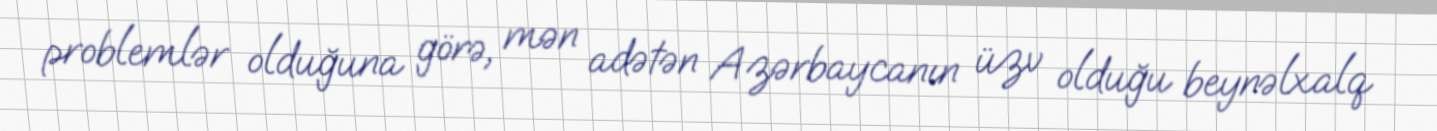
problemlər olduğuna görə, mən adətən Azərbaycanın üzv olduğu beynəlxalq